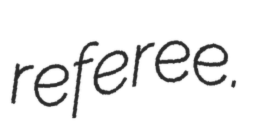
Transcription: referee.